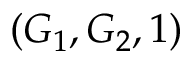
( G _ { 1 } , G _ { 2 } , 1 )